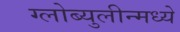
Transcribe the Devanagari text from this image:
ग्लोब्युलीन्मध्ये